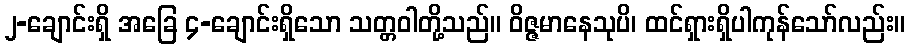
၂-ချောင်းရှိ အခြေ ၄-ချောင်းရှိသော သတ္တဝါတို့သည်။ ဝိဇ္ဇမာနေသုပိ၊ ထင်ရှားရှိပါကုန်သော်လည်း။